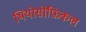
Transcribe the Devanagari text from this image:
थियोसोफ़िकल